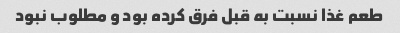
طعم غذا نسبت به قبل فرق کرده بود و مطلوب نبود